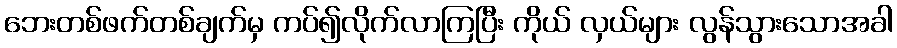
ဘေးတစ်ဖက်တစ်ချက်မှ ကပ်၍လိုက်လာကြပြီး ကိုယ် လှယ်များ လွန်သွားသောအခါ